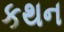
કથન